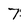
Character: 7